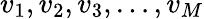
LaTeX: v_{1},v_{2},v_{3},\ldots,v_{M}